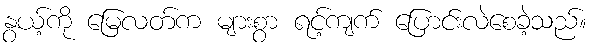
နွယ့်ကို မြေလတ်က များစွာ ရင့်ကျက် ပြောင်းလဲစေခဲ့သည်။